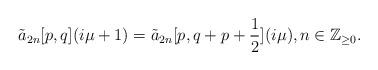
LaTeX: \begin{align*}\tilde{a}_{2n}[p,q](i\mu+1)=\tilde{a}_{2n}[p,q+p+\frac{1}{2}](i\mu), n \in \mathbb{Z}_{\geq 0}. \end{align*}